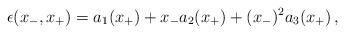
LaTeX: \begin{align*}\epsilon (x_-,x_+)=a_1(x_+)+x_-a_2(x_+)+(x_-)^2a_3(x_+)\, ,\end{align*}